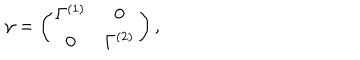
LaTeX: \gamma = \left( \begin{array} { c c } { { \Gamma ^ { ( 1 ) } } } & { { 0 } } \\ { { 0 } } & { { \Gamma ^ { ( 2 ) } } } \\ \end{array} \right) ,